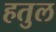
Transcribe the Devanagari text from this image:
हतुल